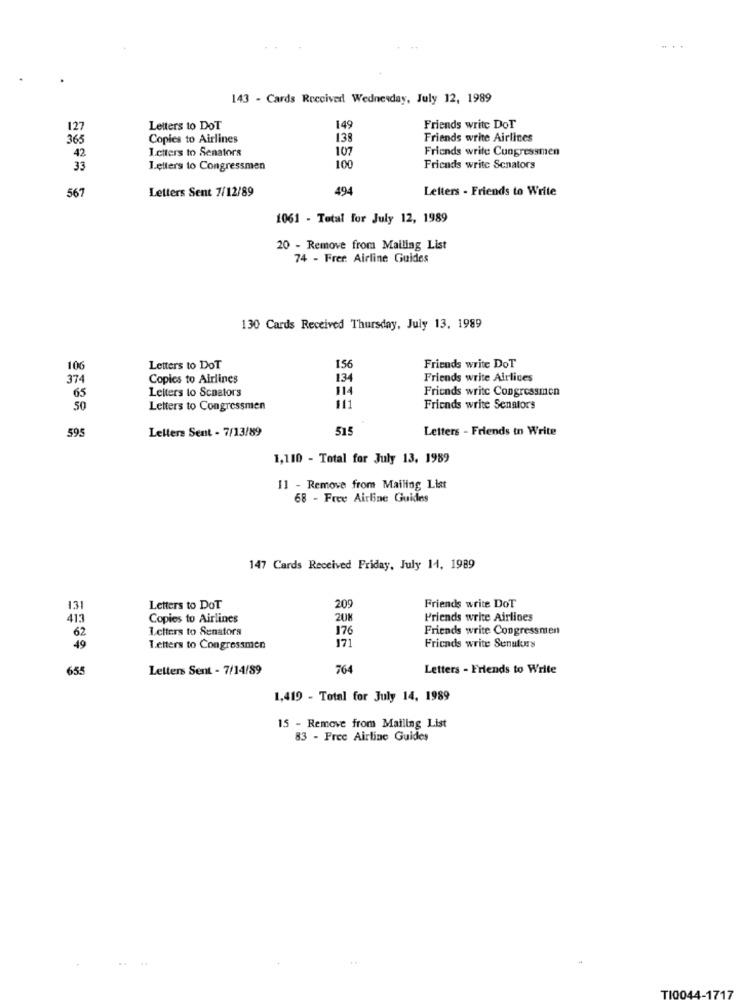
143 - Cards Received Wednesday, July 12, 1989
127
Letters to DoT
149
Friends write DoT
365
Copies to Airlines
138
Friends write Airlines
42
Letters to Senators
107
Friends write Congressmen
33
Letters to Congressmen
100
Friends write Senators
Letters Sent 7/12/89
494
Letters - Friends to Write
567
1061 - Total for July 12, 1989
20 - Remove from Mailing List
74 - Frer. Airline Guides
130 Cards Received Thursday, July 13. 1989
106
Letters to DoT
156
Friends write DoT
374
Copics to Airlines
134
Friends write Airlines
Leiters to Senators
114
Friends write Congressmen
65
111
50
Letters to Congressmen
Friends write Senators
595
Letters Sent - 7/13/89
515
Letters - Friends in Write
1,110 - Total for July 13, 1989
11 - Remove from Mailing List
68 - Free Airline Guides
147 Cards Received Friday, July 14, 1989
209
1.3
Letters to DoT
Friends write DoT
413
Copies to Airlines
208
Priends write Airlines
62
Letters to Senators
176
Friends write Congressmen
171
49
T.etters to Congressmen
Friends write Senukes
655
Letters Sent - 7/14/89
764
Letters - Friends to Write
1,419 - Total for July 14, 1989
15 - Remove from Mailing List
83 - Free Airline Guides
..